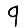
Digit: 9